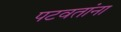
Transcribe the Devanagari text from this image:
पटवतांना